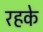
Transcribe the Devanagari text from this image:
रहके